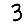
Digit: 3